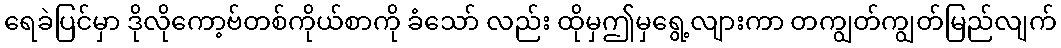
ရေခဲပြင်မှာ ဒိုလိုကော့ဗ်တစ်ကိုယ်စာကို ခံသော် လည်း ထိုမှဤမှရွေ့လျားကာ တကျွတ်ကျွတ်မြည်လျက်